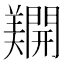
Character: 𨷑